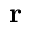
\mathbf { r }